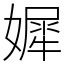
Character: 㜨